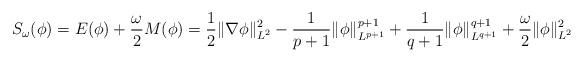
LaTeX: \begin{align*}S_\omega(\phi) = E(\phi)+\frac{\omega}{2} M(\phi) = \frac{1}{2}\|\nabla \phi\|^2_{L^2} -\frac{1}{p+1}\|\phi\|^{p+1}_{L^{p+1}} + \frac{1}{q+1}\|\phi\|^{q+1}_{L^{q+1}} + \frac{\omega}{2}\|\phi\|^2_{L^2}\end{align*}